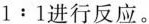
$$1:1$$进行反应。